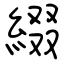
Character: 綴